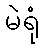
မဲရုံ